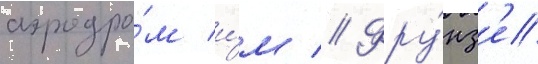
аэродро́м и́м // Фру́нз'е